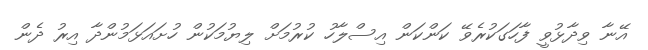
އޭނާ ވިދާޅުވީ ފާހަގަކުރެވޭ ކަންކަން އިސްލާހު ކުރުމަށް ލިޔުމަކުން ހުށައަޅަމުންދާ އިރު ދެން